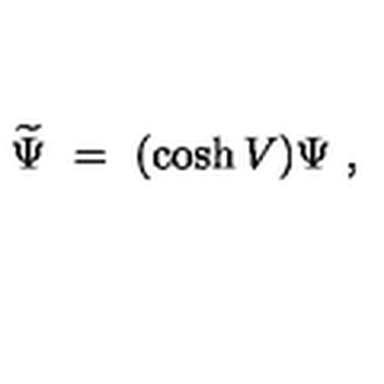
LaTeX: \widetilde \Psi \ = \ ( \cosh V ) \Psi \ ,